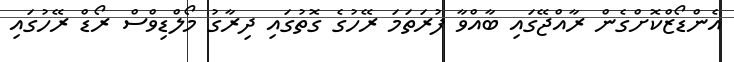
އެންޑޯޒްކޮށްގެން ރާއްޖޭގައި ބާއްވާ ފުރަތަމަ ރޭހުގެ ގޮތުގައި ދިރާގު މޯލްޑިވްސް ރޯޑް ރޭހުގައި